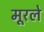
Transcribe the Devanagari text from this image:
मूरले